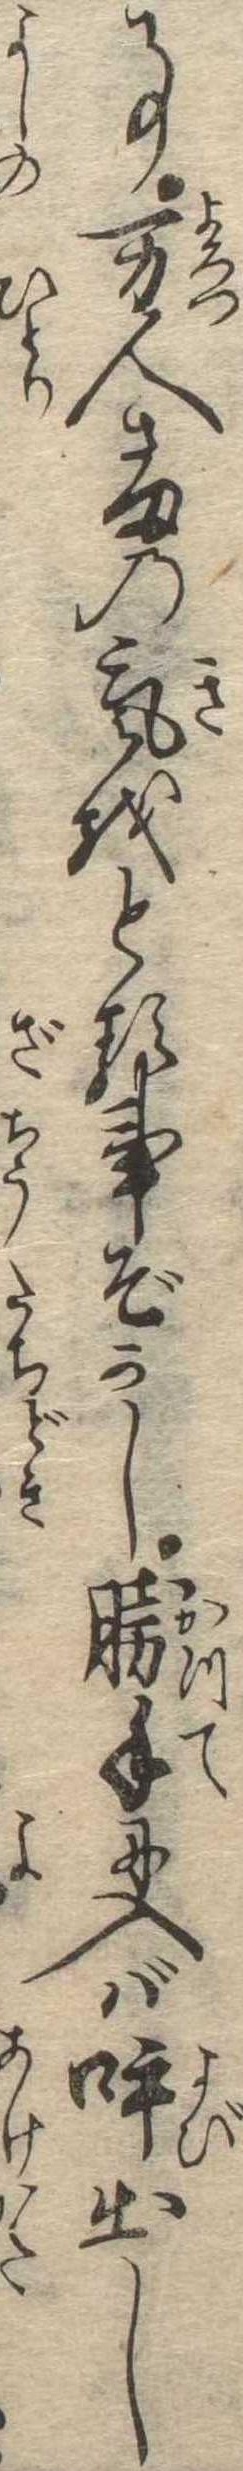
事万人さまの気をとる事ぞかし勝手に入ば呼出し